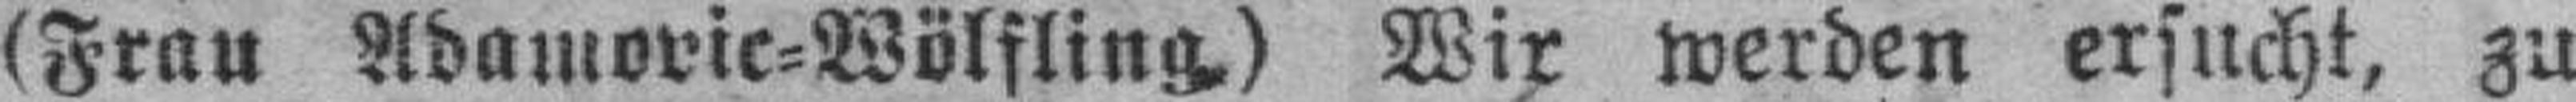
(Frau Adamovic=Wölfling.) Wir werden ersucht, zu